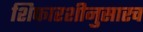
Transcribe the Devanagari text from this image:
शिफारशीनुसारच